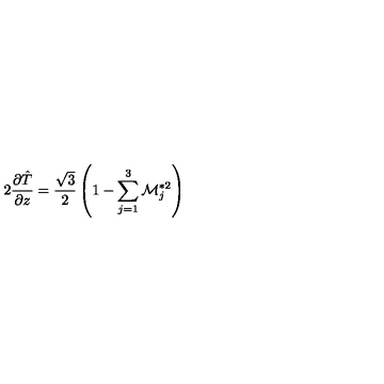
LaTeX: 2 { \frac { \partial \hat { T } } { \partial z } } = { \frac { \sqrt { 3 } } { 2 } } \left( 1 - \sum _ { j = 1 } ^ { 3 } { \cal M } _ { j } ^ { * 2 } \right)